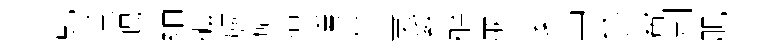
虬恁暘綃礦旐碚陪曛喜羮奚醉亷妻出参觜刑肌